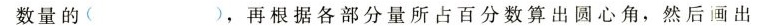
数量的( )，再根据各部分量所占百分数算出圆心角，然后画出